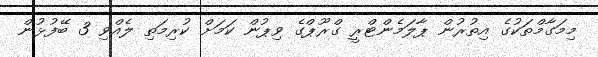
މިމަގާމްތަކުގެ އިތުރުން ޕާލަމެންޓްރީ ގްރޫޕްގެ ވިޕުން ކަމަށް ކުރިމަތި ލެއްވި 3 ބޭފުޅުން